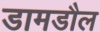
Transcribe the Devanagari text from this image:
डामडौल